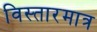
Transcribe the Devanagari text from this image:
विस्तारमात्र